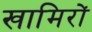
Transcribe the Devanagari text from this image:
खामिरों